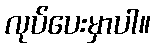
လုပ်ပေးမှာပါ။